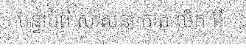
បន្ទាប់ពី សាសនា កាតុ លិក អី